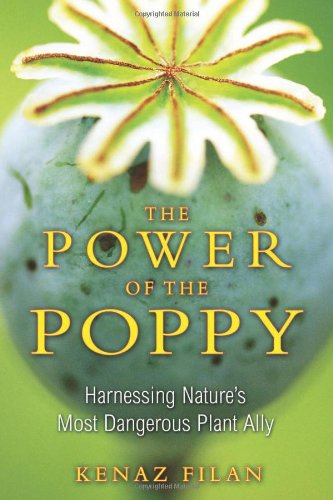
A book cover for The Power of the Poppy: Harnessing Nature's Most Dangerous Plant Ally; Kenaz Filan; Politics & Social Sciences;